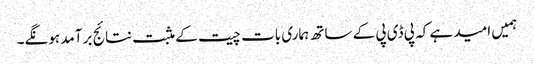
ہمیں امید ہے کہ پی ڈی پی کے ساتھ ہماری بات چیت کے مثبت نتائج بر آمد ہونگے۔